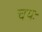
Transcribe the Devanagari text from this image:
चयः